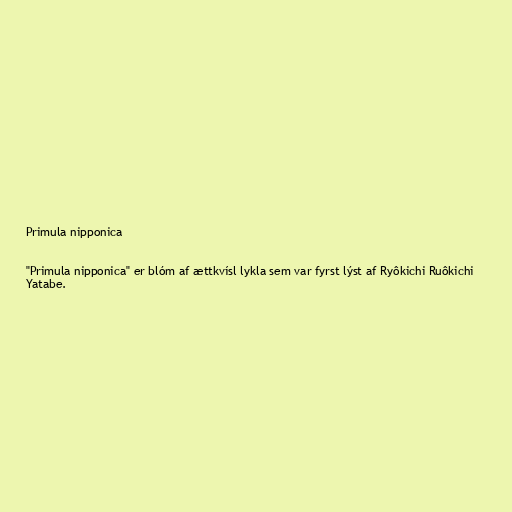
Primula nipponica

"Primula nipponica" er blóm af ættkvísl lykla sem var fyrst lýst af Ryôkichi Ruôkichi
Yatabe.